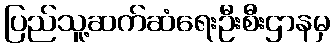
ပြည်သူ့ဆက်ဆံရေးဦးစီးဌာနမှ